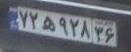
۷۲ه۹۲۸۳۶